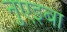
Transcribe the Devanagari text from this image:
नुएइबा